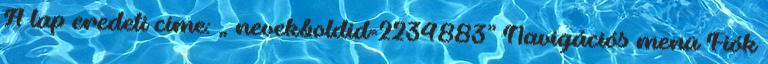
A lap eredeti címe: „ nevek&oldid=2234883” Navigációs menü Fiók